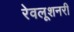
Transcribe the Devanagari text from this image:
रेवलूशनरी